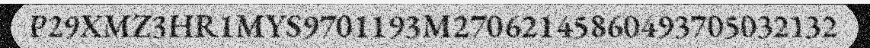
P29XMZ3HR1MYS9701193M27062145860493705032132